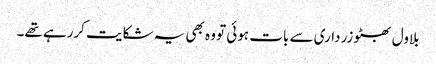
بلاول بھٹو زرداری سے بات ہوئی تو وہ بھی یہ شکایت کررہے تھے۔